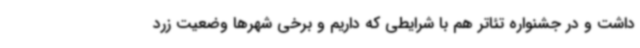
داشت و در جشنواره تئاتر هم با شرایطی که داریم و برخی شهرها وضعیت زرد